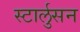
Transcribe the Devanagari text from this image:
स्टार्लुसन